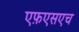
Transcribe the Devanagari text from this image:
एफ़एसएच